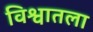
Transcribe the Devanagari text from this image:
विश्वातला